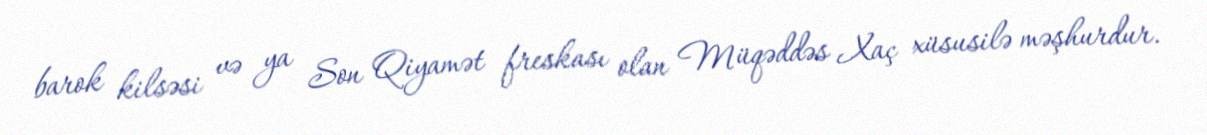
barok kilsəsi və ya Son Qiyamət freskası olan Müqəddəs Xaç xüsusilə məşhurdur.